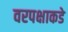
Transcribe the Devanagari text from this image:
वरपक्षाकडे